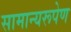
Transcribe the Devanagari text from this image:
सामान्यरूपेण